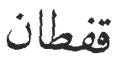
قفطان